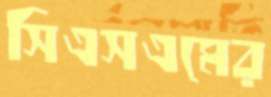
সিএসএমের